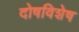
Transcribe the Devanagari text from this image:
दोषविशेष